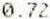
0.72